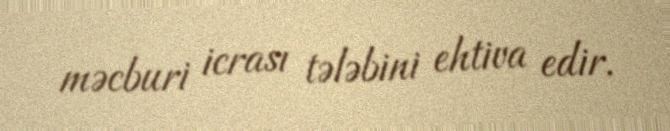
məcburi icrası tələbini ehtiva edir.